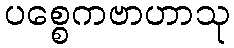
ပစ္စေကဗာဟာသု